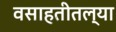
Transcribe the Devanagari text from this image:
वसाहतीतल्या